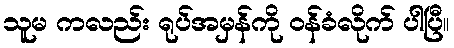
သူမ ကလည်း ရုပ်အမှန်ကို ဝန်ခံလိုက် ပါပြီ။